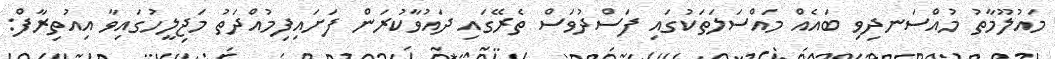
މައުލޫމާތު މުއްސަނދިވި ބައެއް މައްސަލަތަކުގައި ފަސްދުވަސް ތެރޭގައި ދައުވާކުރަން ފަށައިފިމުއްދަތު މަޖިލީހުގައިވާ އިއުތިރާފް: